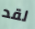
لقد